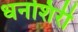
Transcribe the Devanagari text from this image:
धनशिरी